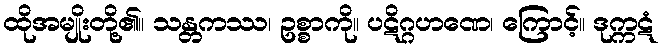
ထိုအမျိုးတို့၏။ သန္တကဿ၊ ဥစ္စာကို။ ပဋိဂ္ဂဟဏေ၊ ကြောင့်။ ဒုက္ကဋံ